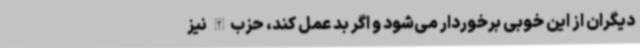
دیگران از این خوبی برخوردار می‌شود و اگر بد عمل کند، حزب‌الله نیز